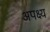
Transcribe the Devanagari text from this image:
अपक्ष्य